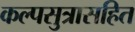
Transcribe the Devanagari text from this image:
कल्पसुत्रासहित